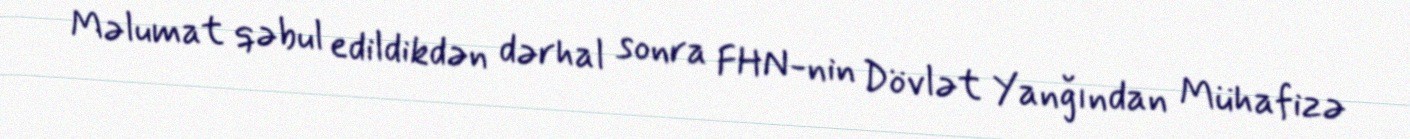
Məlumat qəbul edildikdən dərhal sonra FHN-nin Dövlət Yanğından Mühafizə